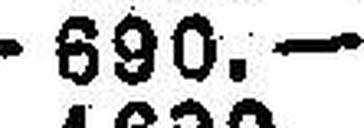
690.—